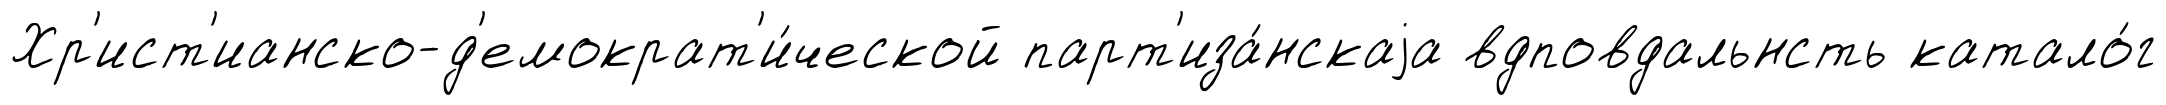
Хр'ист'ианско-д'емократ'и́ческой парт'иза́нскаjа вдповдальнсть катало́г